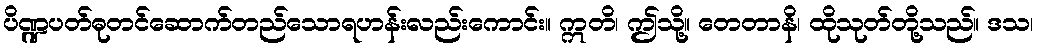
ပိဏ္ဍပတ်ဓုတင်ဆောက်တည်သောရဟန်းလည်းကောင်း။ ဣတိ၊ ဤသို့။ တေတာနိ၊ ထိုသုတ်တို့သည်။ ဒသ၊